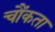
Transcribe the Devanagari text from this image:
चौंकता